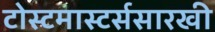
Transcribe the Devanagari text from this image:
टोस्टमास्टर्ससारखी